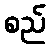
စည်